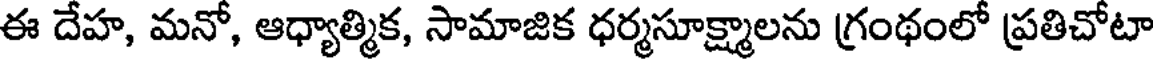
ఈ దేహ, మనో, ఆధ్యాత్మిక, సామాజిక ధర్మసూక్ష్మాలను గ్రంథంలో ప్రతిచోటా